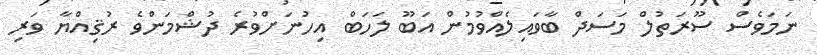
ނަމަވެސް ސޫރަތުލް މަސަދް ބާވައިލެއްވުމުން އަބޫ ލަހަބް އިހުނަށްވުރެ ދުޝްމަންވެ ރުޤިއްޔާ ވަރި